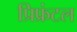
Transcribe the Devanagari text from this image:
प्रिफ्रंटल